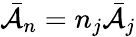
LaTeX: \bar{\mathcal{A}}_{n}=n_{j}\bar{\mathcal{A}}_{j}